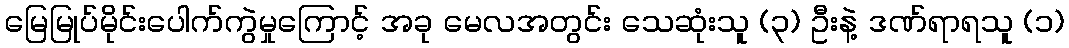
မြေမြုပ်မိုင်းပေါက်ကွဲမှုကြောင့် အခု မေလအတွင်း သေဆုံးသူ (၃) ဦးနဲ့ ဒဏ်ရာရသူ (၁)